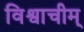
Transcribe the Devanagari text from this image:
विश्वाचीम्